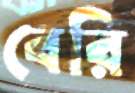
বেরি